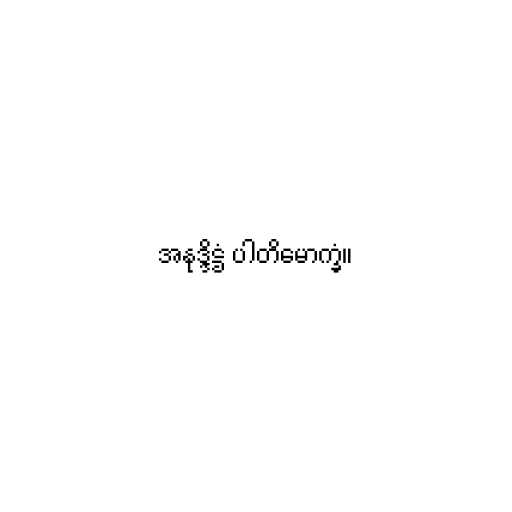
အနုဒ္ဒိဋ္ဌံ ပါတိမောက္ခံ။